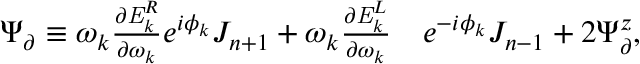
\begin{array} { r l } { \Psi _ { \partial } \equiv \omega _ { k } \frac { \partial \mathit { { E } } _ { k } ^ { R } } { \partial \omega _ { k } } e ^ { i \phi _ { k } } J _ { n + 1 } + \omega _ { k } \frac { \partial \mathit { { E } } _ { k } ^ { L } } { \partial \omega _ { k } } } & { e ^ { - i \phi _ { k } } J _ { n - 1 } + 2 \Psi _ { \partial } ^ { z } , } \end{array}